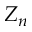
Z _ { n }